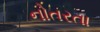
નોતરતા